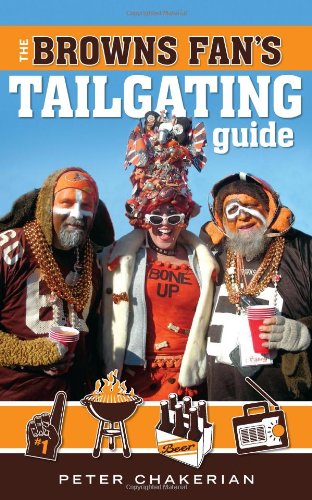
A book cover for The Browns Fan's Tailgating Guide; Peter Chakerian; Cookbooks, Food & Wine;